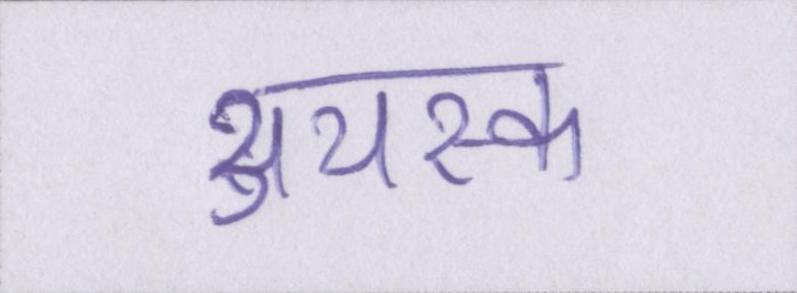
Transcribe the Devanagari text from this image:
अयस्क